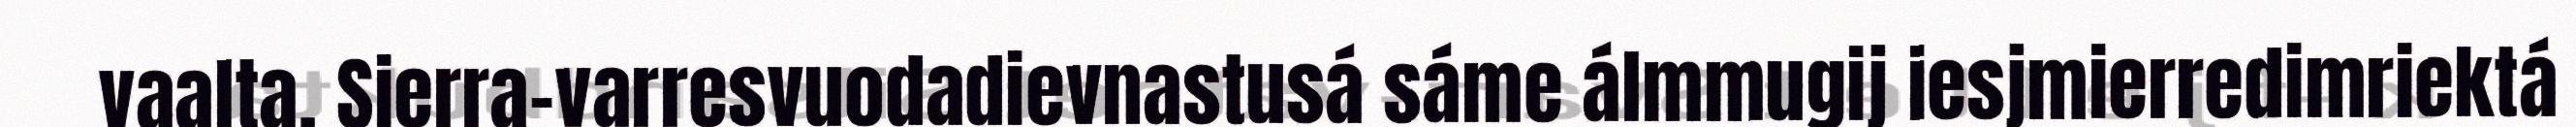
vaalta. Sierra-varresvuodadievnastusá sáme álmmugij iesjmierredimriektá